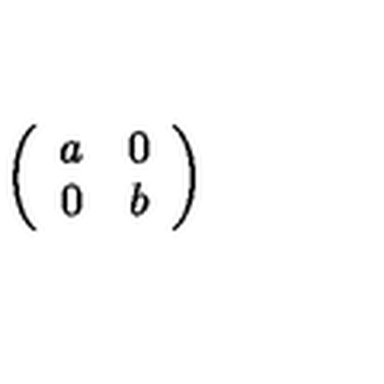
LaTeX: \left( \begin{array} { c c } { a } & { 0 } \\ { 0 } & { b } \\ \end{array} \right)